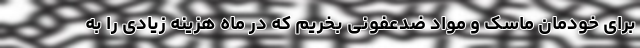
برای خودمان ماسک و مواد ضدعفونی بخریم که در ماه هزینه زیادی را به